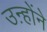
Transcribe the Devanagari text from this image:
उऩ्होंने